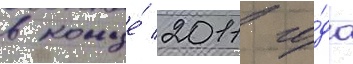
в конце́ 2011 го́да